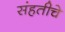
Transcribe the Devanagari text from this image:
संहतीचे